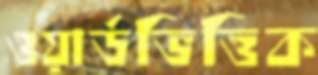
ওয়ার্ডভিত্তিক